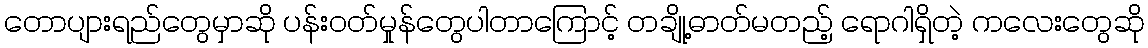
တောပျားရည်တွေမှာဆို ပန်းဝတ်မှုန်တွေပါတာကြောင့် တချို့ဓာတ်မတည့် ရောဂါရှိတဲ့ ကလေးတွေဆို